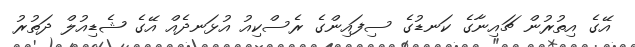
އޭގެ އިތުރުން ޗައިނާގެ ކަނޑުގެ ސިފައިންގެ ރެސްކިއު އުޅަނދެއް އޭގެ ޝެޑިއުލް ދަތުރު